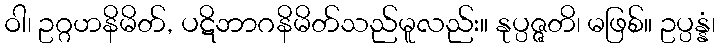
ဝါ၊ ဥဂ္ဂဟနိမိတ်, ပဋိဘာဂနိမိတ်သည်မူလည်း။ နုပ္ပဇ္ဇတိ၊ မဖြစ်။ ဥပ္ပန္နံ၊